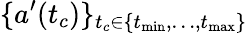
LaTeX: \{ a^{\prime}(t_{c})\} _{t_{c}\in\{ t_{\operatorname*{min}},\dots,t_{\operatorname*{max}}\} }